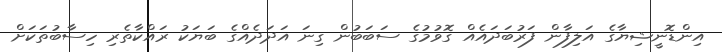
އިންޑޮނީޝިޔާގެ އަލިފާން ފަރުބަދައެއް ގޮވުމުގެ ސަބަބުން ގިނަ އަދަދެއްގެ ބަޔަކު ރައްކާތެރި ހިސާބުތަކަށް